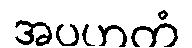
အပဟတံ